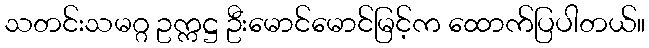
သတင်းသမဂ္ဂ ဥက္ကဋ္ဌ ဦးမောင်မောင်မြင့်က ထောက်ပြပါတယ်။